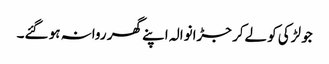
جو لڑکی کو لےکر جڑانوالہ اپنے گھر روانہ ہو گئے۔